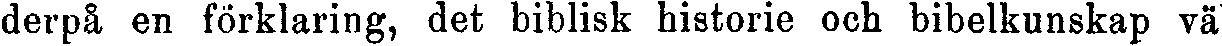
derpå en förklaring, det biblisk historie och bibelkunskap väl